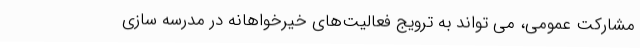
مشارکت عمومی، می تواند به ترویج فعالیت‌های خیرخواهانه در مدرسه سازی